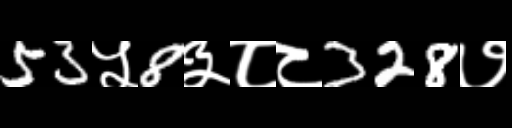
Text: 53५8३८८328७